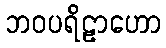
ဘဝပရိဠာဟော